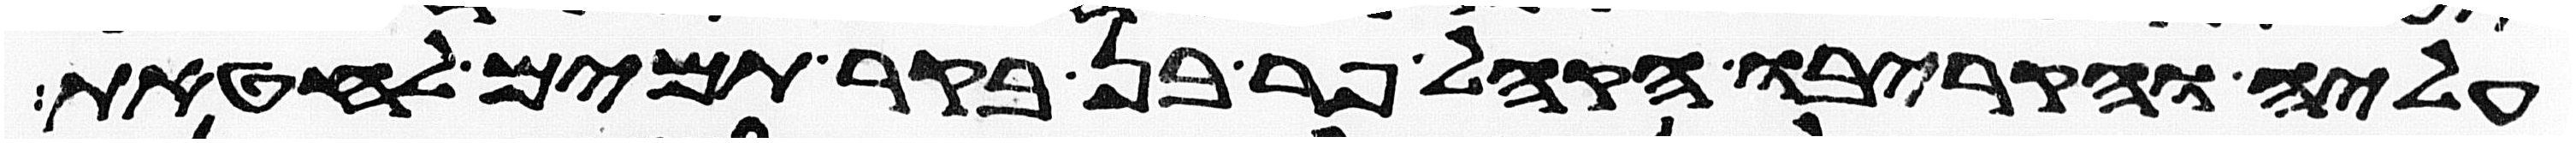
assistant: עליה והקריבו הקהל פר בן בקר תמים לחטאת